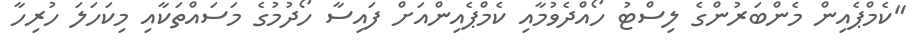
"ކެމްޕެއިން މެންބަރުންގެ ލިސްޓު ހޯއްދެވުމާއި ކެމްޕެއިންއަށް ފައިސާ ހޯދުމުގެ މަސައްތަކާއި މިކަހަލަ ހުރިހާ